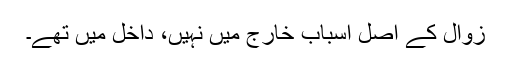
زوال کے اصل اسباب خارج میں نہیں، داخل میں تھے۔